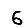
Digit: 6